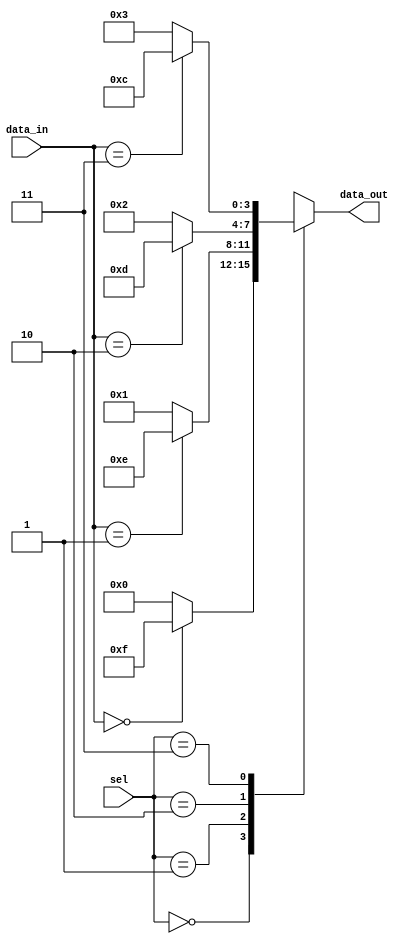
module case_if_else (
    input [1:0] sel,
    input [3:0] data_in,
    output reg [3:0] data_out
);

always @(*)
begin
    case(sel)
        2'b00: if(data_in == 4'b0000)
                    data_out = 4'b1111;
               else
                    data_out = 4'b0000;
        
        2'b01: if(data_in == 4'b0001)
                    data_out = 4'b1110;
               else
                    data_out = 4'b0001;
        
        2'b10: if(data_in == 4'b0010)
                    data_out = 4'b1101;
               else
                    data_out = 4'b0010;
        
        2'b11: if(data_in == 4'b0011)
                    data_out = 4'b1100;
               else
                    data_out = 4'b0011;
        
        default: data_out = 4'b1111;
    endcase
end

endmodule